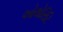
ઓથોરિટિ